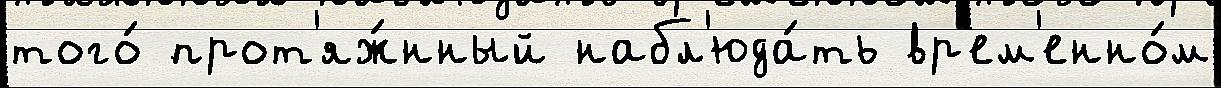
того́ прот'яж́нный набл'юда́ть вр'ем'енно́м